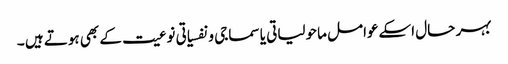
بہر حال اسکےعوامل ماحولیاتی یا سماجی و نفسیاتی نوعیت کے بھی ہوتے ہیں ۔